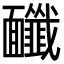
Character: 𩉔